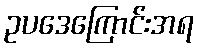
ဥပဒေကြောင်းအရ